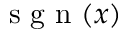
\mathrm { ~ s ~ g ~ n ~ } ( x )